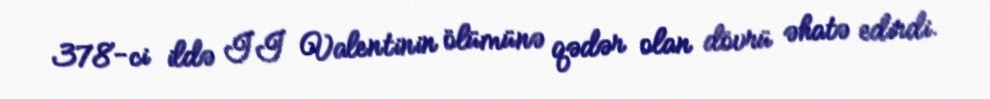
378-ci ildə II Valentinin ölümünə qədər olan dövrü əhatə edirdi.